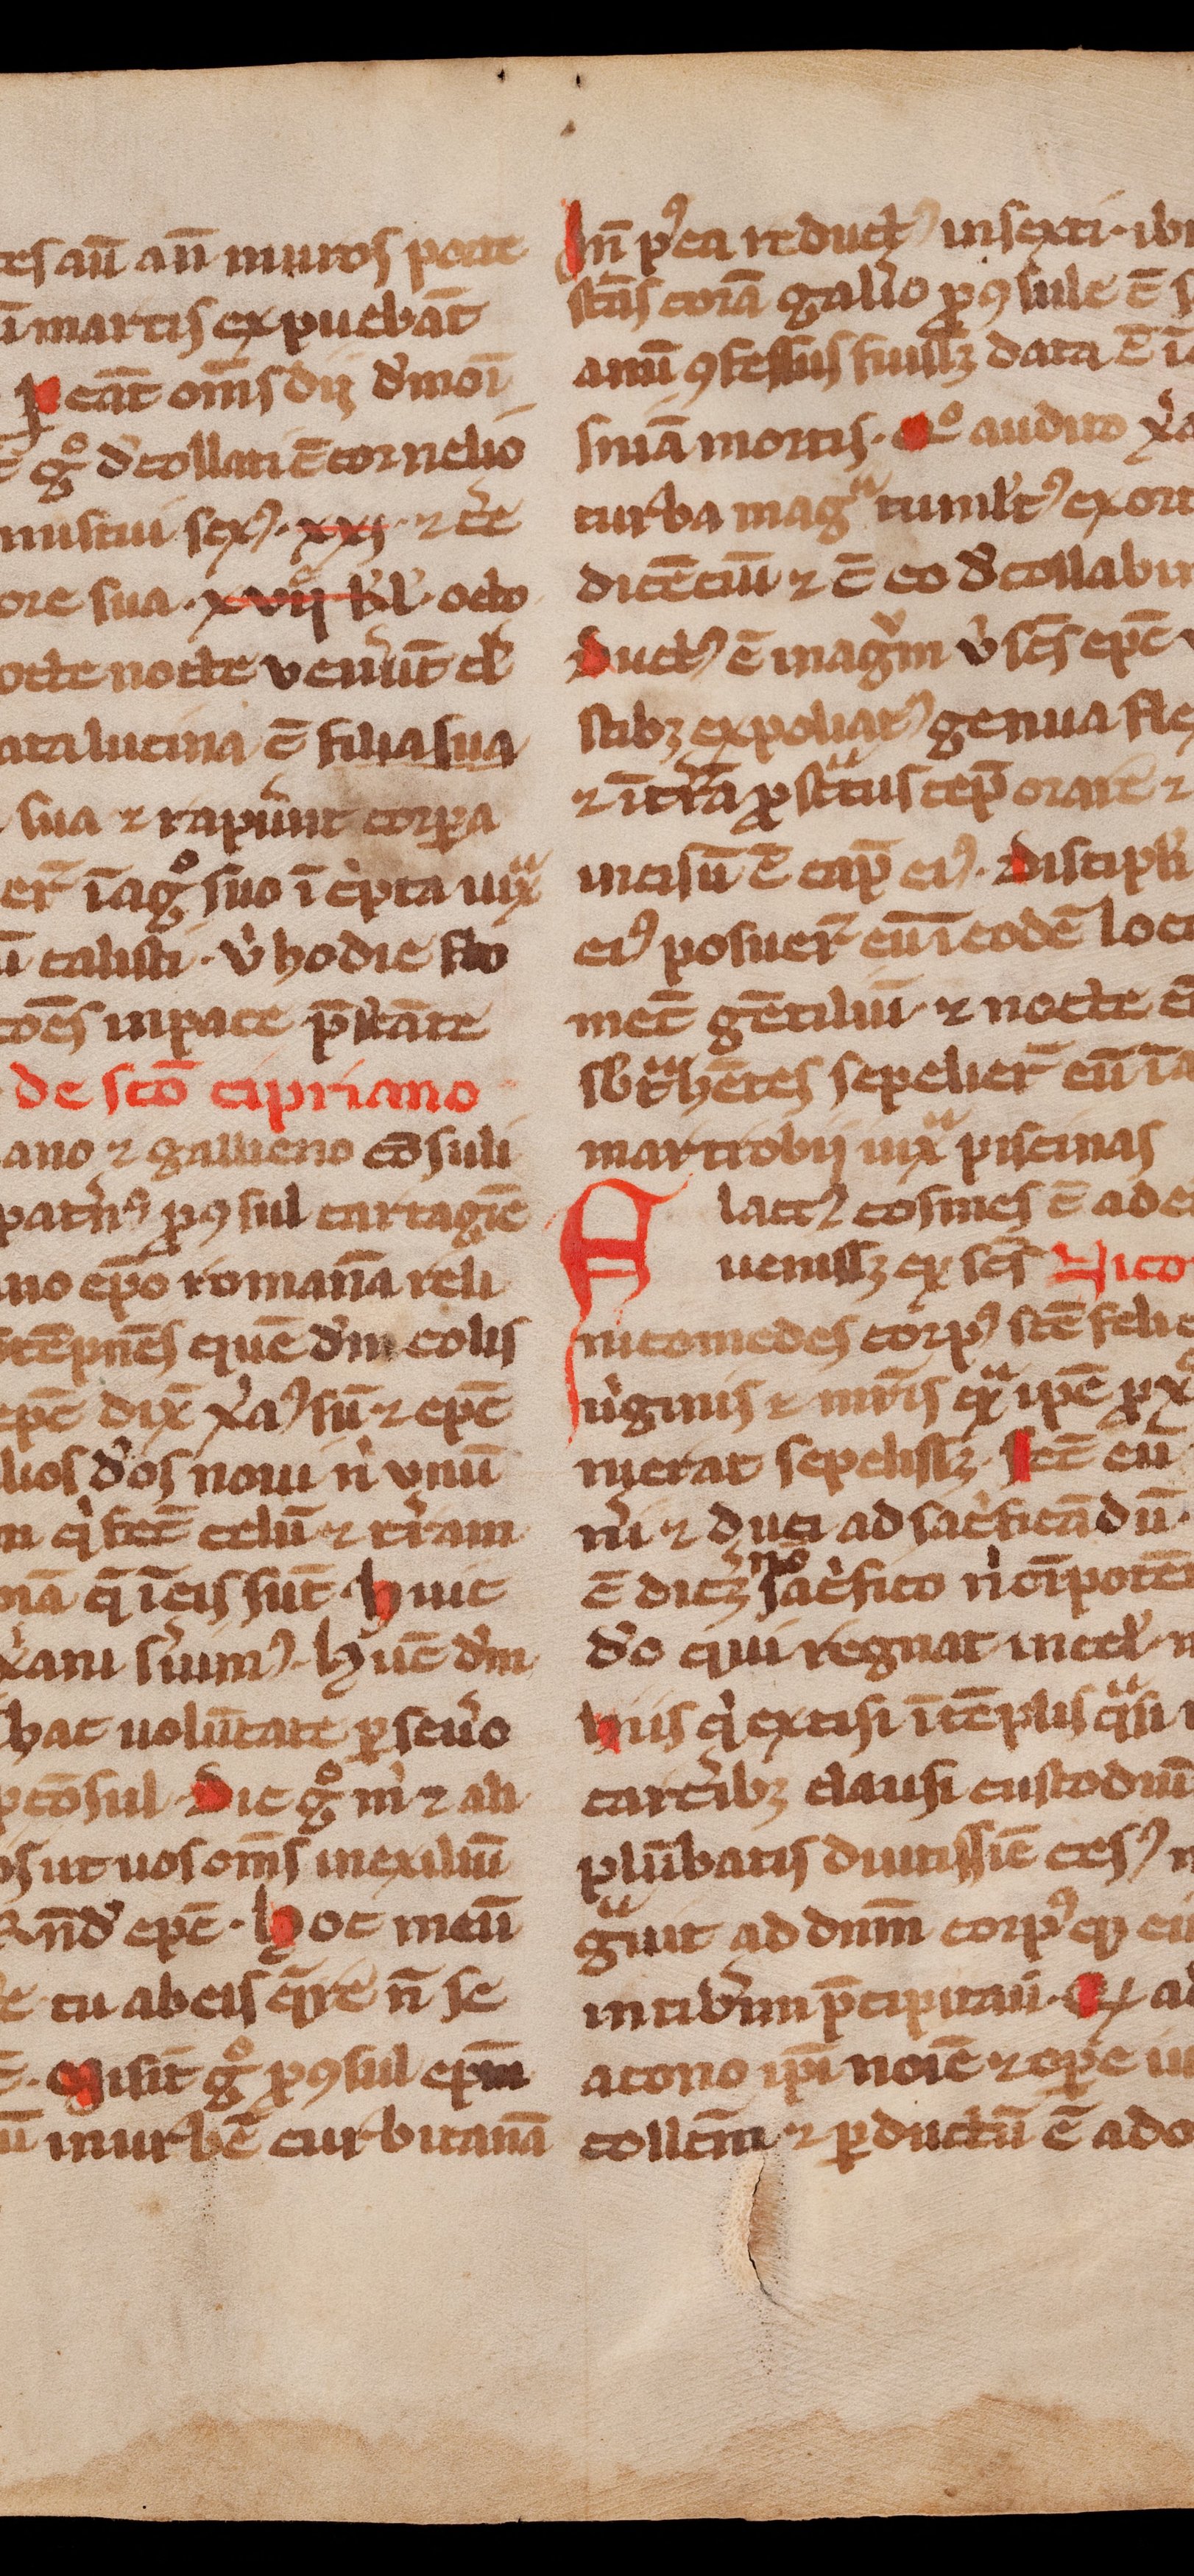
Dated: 1300–1399